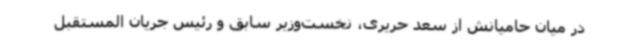
در میان حامیانش از سعد حریری، نخست‌وزیر سابق و رئیس جریان المستقبل